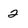
Character: 2